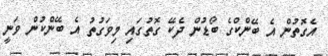
އެގޮތުން އެ ބޭންކްގެ ބޯޑުން ދެކޭ ގޮތުގައި މިވަގުތު އެ ބޭންކުން ވަނީ